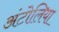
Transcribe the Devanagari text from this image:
अंटोलिया